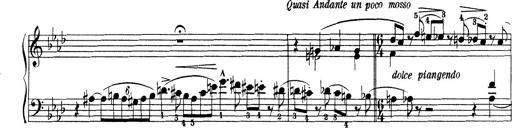
Title: Variationen Ã¼ber das Motiv von Bach
Composer: Franz Liszt